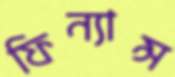
ফিন্যান্স